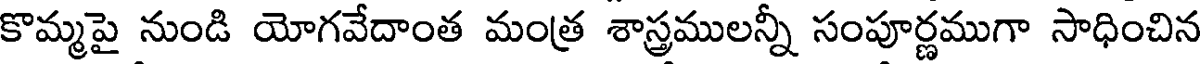
కొమ్మపై నుండి యోగవేదాంత మంత్ర శాస్త్రములన్నీ సంపూర్ణముగా సాధించిన